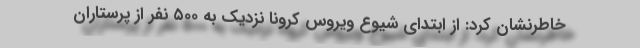
خاطرنشان کرد: از ابتدای شیوع ویروس کرونا نزدیک به ۵۰۰ نفر از پرستاران